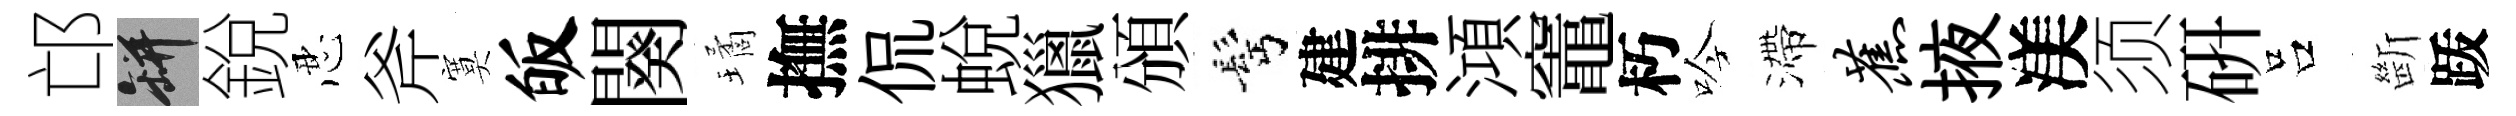
邙瓶銳忍斧寞皈闋璚撫侃蛻獵頒髩建排澒竈朽吟滯蕉掖渼须硏吕㫁䟦